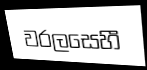
වරලසෙහී